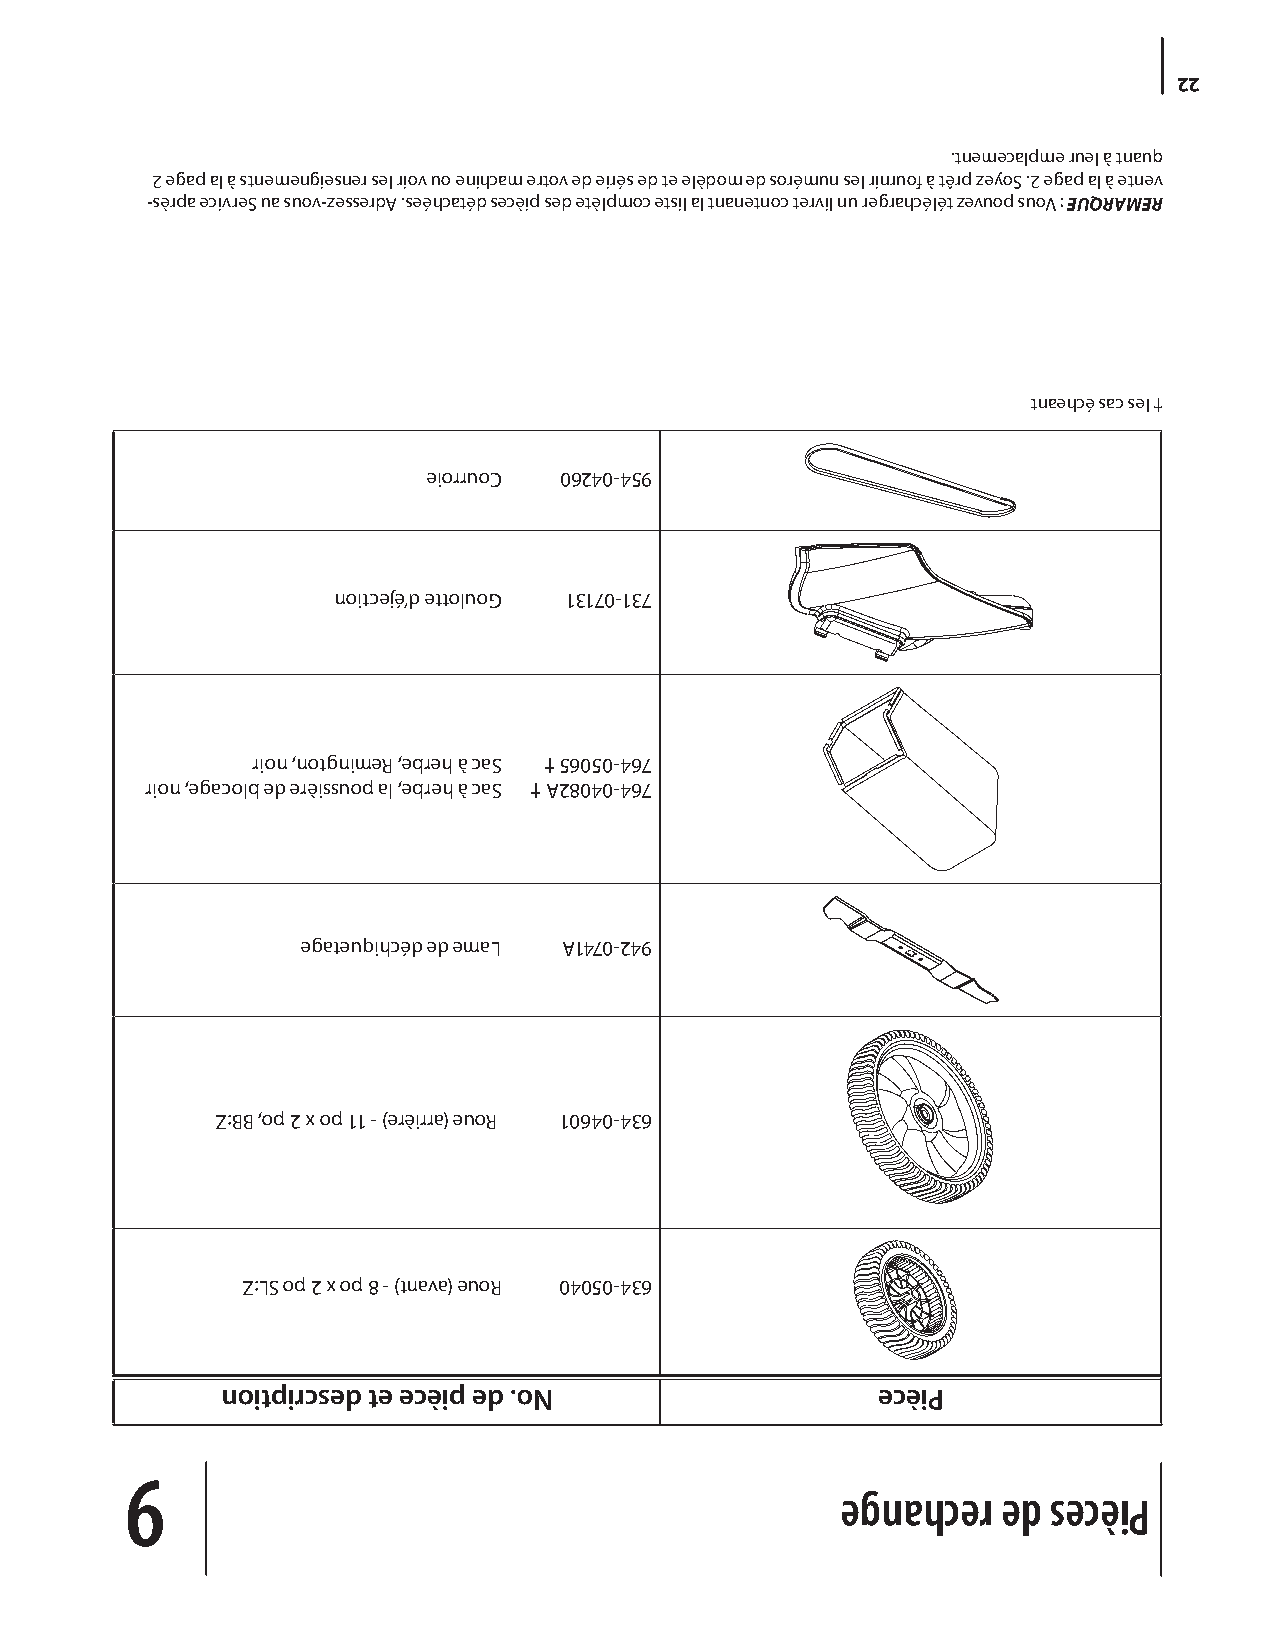
22
 .tnemecalpme ruel à tnauq
 2 egap al à stnemengiesner sel riov uo enihcam ertov ed eirés ed te elèdom ed sorémun sel rinruof à têrp zeyoS .2 egap al à etnev
 -sèrpa ecivreS ua suov-zesserdA .seéhcatéd secèip sed etèlpmoc etsil al tnanetnoc tervil nu regrahcélét zevuop suoV : EUQRAMER
 tnaehcé sac sel †
 eiorruoC 06240-459
 noitcejé’d ettoluoG 13170-137
 rion ,notgnimeR ,ebreh à caS † 56050-467
 rion ,egacolb ed erèissuop al ,ebreh à caS † A28040-467
 egateuqihcéd ed emaL A1470-249
 Z:BB ,op 2 x op 11 - )erèirra( euoR 10640-436
 Z:LS op 2 x op 8 - )tnava( euoR 04050-436
 noitpircsed te ecèip ed .oN                ecèiP
 9
 egnahcer  ed secèiP